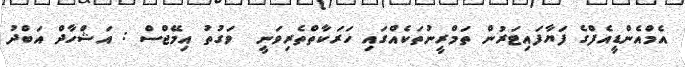
އެމްއެންޑީއެފްގެ ފަޔާފައިޓަރުން ތަމްރީނުތަކެއްގައި ހަރަކާތްތެރިވަނީ  ވަގުތު އިމޭޖްސް : އަޝްހާދް އަބްދު